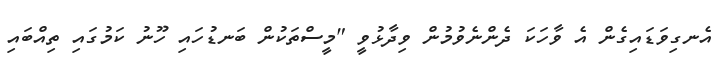
އެނގިވަޑައިގެން އެ ވާހަކަ ދެންނެވުމުން ވިދާޅުވީ "މީސްތަކުން ބަނޑުހައި ހޫނު ކަމުގައި ތިއްބައި